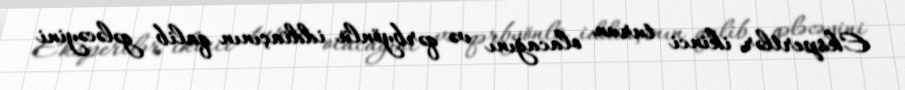
Ekspertlər ikinci turun olacağını və qərbyönlü iddiaçının qalib gələcəyini